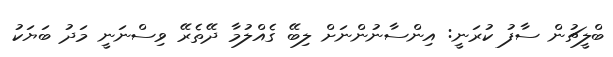
ބްލީޗުން ސާފު ކުރަނީ: އިންސާނުންނަށް ލިބޭ ގެއްލުމާ ދޭތެރޭ ވިސްނަނީ މަދު ބަޔަކު